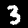
Label: 3